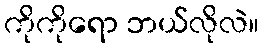
ကိုကိုရော ဘယ်လိုလဲ။